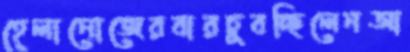
হেলানোজেরবারচুবচ্ছিলেনআ